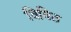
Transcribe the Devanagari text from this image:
विषिठ